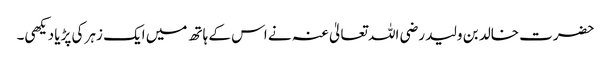
حضرت خالد بن ولید رضی اللہ تعالیٰ عنہ نے اس کے ہاتھ میں ایک زہر کی پڑیا دیکھی۔